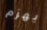
يهزم